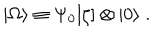
| \Omega \rangle \equiv \Psi _ { 0 } [ \zeta ] \otimes | 0 \rangle \; .